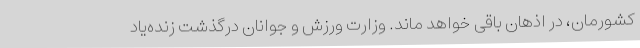
کشورمان، در اذهان باقی خواهد ماند. وزارت ورزش و جوانان درگذشت زنده‌یاد